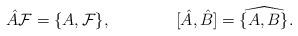
\begin{align*}\hat A{\cal F}=\{A,{\cal F}\},\qquad\qquad[\hat A,\hat B]=\widehat{\{A,B\}}.\end{align*}